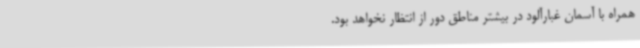
همراه با آسمان غبارآلود در بیشتر مناطق دور از انتظار نخواهد بود.